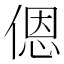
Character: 𫣆